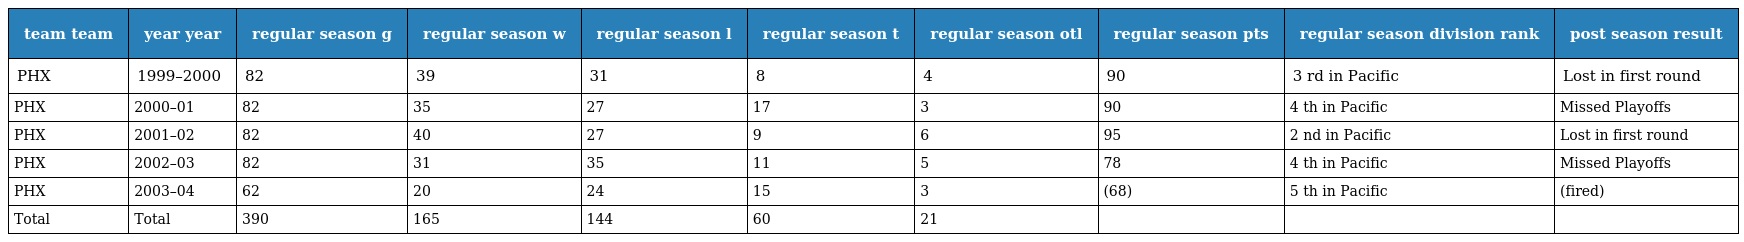
| team team | year year | regular season g | regular season w | regular season l | regular season t | regular season otl | regular season pts | regular season division rank | post season result |
 | --- | --- | --- | --- | --- | --- | --- | --- | --- | --- |
 | PHX | 1999–2000 | 82 | 39 | 31 | 8 | 4 | 90 | 3 rd in Pacific | Lost in first round |
 | PHX | 2000–01 | 82 | 35 | 27 | 17 | 3 | 90 | 4 th in Pacific | Missed Playoffs |
 | PHX | 2001–02 | 82 | 40 | 27 | 9 | 6 | 95 | 2 nd in Pacific | Lost in first round |
 | PHX | 2002–03 | 82 | 31 | 35 | 11 | 5 | 78 | 4 th in Pacific | Missed Playoffs |
 | PHX | 2003–04 | 62 | 20 | 24 | 15 | 3 | (68) | 5 th in Pacific | (fired) |
 | Total | Total | 390 | 165 | 144 | 60 | 21 |  |  |  |